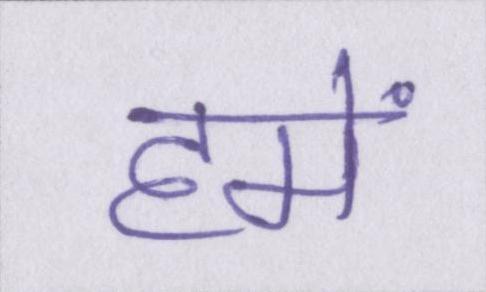
हमें